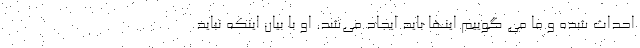
احداث شده و ما می گوییم اینها باید ایجاد می‌شد. او با بیان اینکه نباید